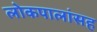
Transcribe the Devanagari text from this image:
लोकपालांसह